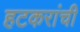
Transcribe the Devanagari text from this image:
हटकरांची